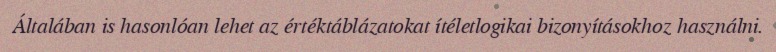
Általában is hasonlóan lehet az értéktáblázatokat ítéletlogikai bizonyításokhoz használni.